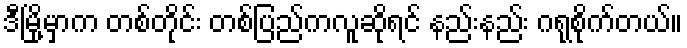
ဒီမြို့မှာက တစ်တိုင်း တစ်ပြည်ကလူဆိုရင် နည်းနည်း ဂရုစိုက်တယ်။